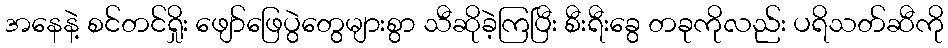
အနေနဲ့ စင်တင်ရှိုး ဖျော်ဖြေပွဲတွေများစွာ သီဆိုခဲ့ကြပြီး စီးရီးခွေ တခုကိုလည်း ပရိသတ်ဆီကို